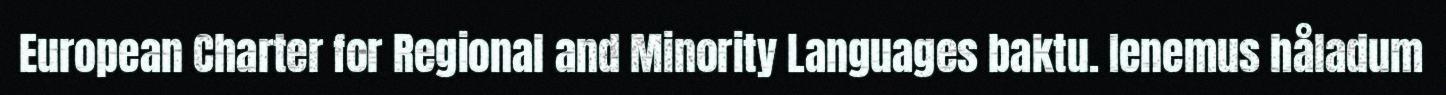
European Charter for Regional and Minority Languages baktu. Ienemus håladum